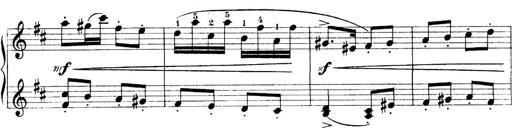
Title: 4 Sonatines
Composer: Max Reger